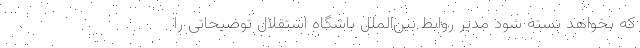
که بخواهد بسته شود مدیر روابط بین‌الملل باشگاه استقلال توضیحاتی را